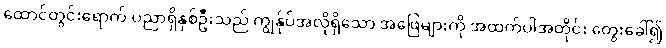
ထောင်တွင်းရောက် ပညာရှိနှစ်ဦးသည် ကျွန်ုပ်အလိုရှိသော အဖြေများကို အထက်ပါအတိုင်း တွေးခေါ်၍